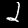
Digit: 2